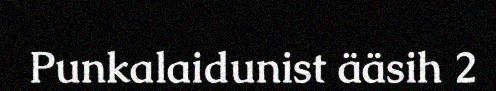
Punkalaidunist ääsih 2